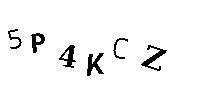
5P4KCZ